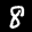
Label: 8